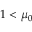
1 < \mu _ { 0 }